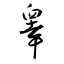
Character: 睾